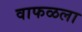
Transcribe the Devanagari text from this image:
वाफळला